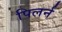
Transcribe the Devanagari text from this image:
पिलर्न